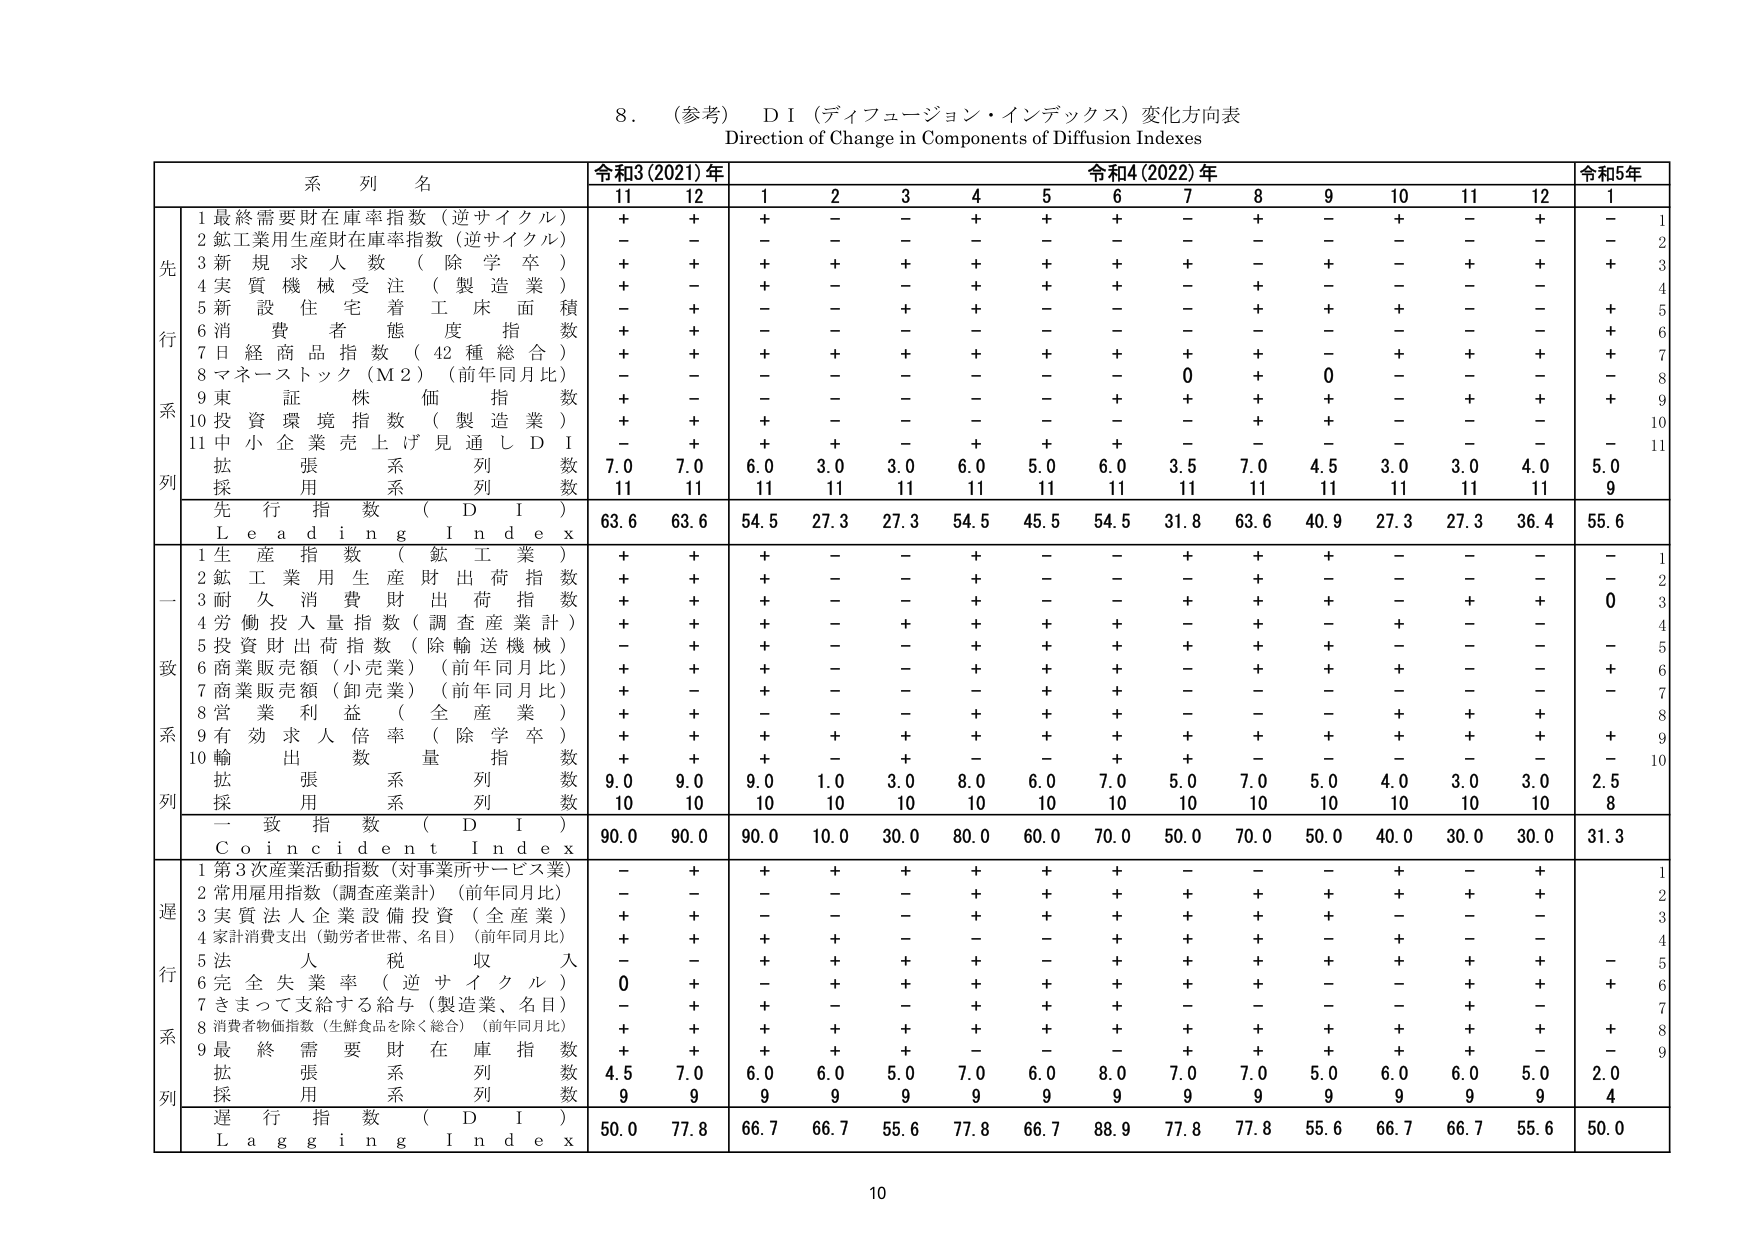
8. （参考）ＤＩ（ディフュージョン・インデックス）変化方向表
Direction of Change in Components of Diffusion Indexes

| 系列名 | 令和3(2021)年 | 令和4(2022)年 | 令和5年 |
|--------|---------------|---------------|---------|
|        | 11            | 12            | 1       | 2       | 3       | 4       | 5       | 6       | 7       | 8       | 9       | 10      | 11      | 12      | 1       |
| 先行系列 | 1 最終需要財在庫率指数（逆サイクル） | +             | +         | +       | +       | +       | +       | +       | +       | +       | +       | +       | +       | +       | +       | 1 |
|        | 2 鉱工業用生産財在庫率指数（逆サイクル） | -             | -         | -       | -       | -       | -       | -       | -       | -       | -       | -       | -       | -       | -       | 2 |
|        | 3 新規求人数（除学卒） | +             | +         | +       | +       | +       | +       | +       | +       | +       | +       | +       | +       | +       | +       | 3 |
|        | 4 実質機械受注（製造業） | +             | -         | +       | +       | +       | +       | +       | +       | +       | +       | +       | +       | +       | +       | 4 |
|        | 5 新設住宅着工床面積 | -             | +         | -       | -       | +       | +       | -       | -       | -       | +       | +       | +       | -       | +       | 5 |
|        | 6 消費者態度指数 | +             | +         | -       | -       | -       | -       | -       | -       | -       | -       | -       | -       | -       | +       | 6 |
|        | 7 日経商品指数（42種総合） | +             | +         | +       | +       | +       | +       | +       | +       | +       | +       | +       | +       | +       | +       | 7 |
|        | 8 マネーストック（M2）（前年同月比） | -             | -         | -       | -       | -       | -       | 0       | +       | 0       | -       | -       | -       | -       | -       | 8 |
|        | 9 東証株価指数 | +             | -         | -       | -       | -       | -       | +       | +       | +       | +       | -       | +       | +       | +       | 9 |
|        | 10 投資環境指数（製造業） | +             | +         | +       | -       | -       | -       | -       | -       | +       | +       | -       | -       | -       | +       | 10 |
|        | 11 小企業売上げ見通しＤＩ | -             | +         | +       | +       | -       | +       | +       | -       | -       | -       | -       | -       | -       | -       | 11 |
|        | 拡張用系列数 | 7.0           | 7.0         | 6.0     | 3.0     | 3.0     | 6.0     | 5.0     | 6.0     | 3.5     | 7.0     | 4.5     | 3.0     | 3.0     | 4.0     | 5.0     |
|        | 採用系列数 | 11            | 11          | 11      | 11      | 11      | 11      | 11      | 11      | 11      | 11      | 11      | 11      | 11      | 9       |
|        | 先行指数（ＤＩ） | 63.6          | 63.6        | 54.5    | 27.3    | 27.3    | 54.5    | 45.5    | 54.5    | 31.8    | 63.6    | 40.9    | 27.3    | 27.3    | 36.4    | 55.6    |
|        | Leading Index |               |             |         |         |         |         |         |         |         |         |         |         |         |         |
| 一致系列 | 1 生産指数（鉱工業） | +             | +         | +       | -       | -       | +       | -       | -       | +       | +       | +       | -       | -       | -       | 1 |
|        | 2 鉱工業用生産財出荷指数 | +             | +         | +       | -       | -       | +       | -       | -       | +       | +       | -       | -       | -       | -       | 2 |
|        | 3 耐久消費財出荷指数 | +             | +         | +       | -       | -       | +       | -       | -       | +       | +       | +       | -       | +       | +       | 3 |
|        | 4 労働投入量指数（調査産業計） | +             | +         | +       | -       | +       | +       | +       | +       | -       | +       | -       | +       | -       | -       | 4 |
|        | 5 投資財出荷指数（除輸送機械） | -             | +         | +       | -       | -       | +       | +       | +       | +       | +       | +       | -       | -       | -       | 5 |
|        | 6 商業販売額（小売業）（前年同月比） | +             | +         | +       | -       | -       | +       | +       | +       | +       | +       | +       | -       | -       | -       | 6 |
|        | 7 商業販売額（卸売業）（前年同月比） | +             | -         | +       | -       | -       | -       | +       | +       | -       | -       | -       | -       | -       | -       | 7 |
|        | 8 営業利益（全産業） | +             | +         | -       | -       | -       | +       | +       | +       | -       | -       | -       | +       | +       | +       | 8 |
|        | 9 有効求人倍率（除学卒） | +             | +         | +       | +       | +       | +       | +       | +       | +       | +       | +       | +       | +       | +       | 9 |
|        | 10 輸出数量指数 | +             | +         | +       | -       | +       | -       | +       | +       | +       | -       | -       | -       | -       | -       | 10 |
|        | 拡張用系列数 | 9.0           | 9.0         | 9.0     | 1.0     | 3.0     | 8.0     | 6.0     | 7.0     | 5.0     | 7.0     | 5.0     | 4.0     | 3.0     | 3.0     | 2.5     |
|        | 採用系列数 | 10            | 10          | 10      | 10      | 10      | 10      | 10      | 10      | 10      | 10      | 10      | 10      | 10      | 8       |
|        | 一致指数（ＤＩ） | 90.0          | 90.0        | 90.0    | 10.0    | 30.0    | 80.0    | 60.0    | 70.0    | 50.0    | 70.0    | 50.0    | 40.0    | 30.0    | 30.0    | 31.3    |
|        | Coincident Index |               |             |         |         |         |         |         |         |         |         |         |         |         |         |
| 遅行系列 | 1 第3次産業活動指数（対事業所サービス業） | -             | +         | +       | +       | +       | +       | +       | +       | -       | -       | -       | +       | -       | +       | 1 |
|        | 2 常用雇用指数（調査産業計）（前年同月比） | -             | -         | -       | -       | -       | +       | +       | +       | +       | +       | +       | +       | +       | +       | 2 |
|        | 3 実質法人企業設備投資（全産業） | +             | +         | -       | -       | -       | +       | +       | +       | +       | +       | +       | -       | -       | -       | 3 |
|        | 4 家計消費支出（勤労者世帯、名目）（前年同月比） | +             | +         | +       | +       | -       | -       | -       | +       | +       | +       | -       | +       | -       | -       | 4 |
|        | 5 法人税収入 | -             | -         | +       | +       | +       | +       | -       | +       | +       | +       | +       | +       | +       | +       | 5 |
|        | 6 完全失業率（逆サイクル） | 0             | +         | -       | +       | +       | +       | +       | +       | +       | +       | -       | +       | +       | +       | 6 |
|        | 7 きまって支給する給与（製造業、名目） | -             | +         | +       | -       | -       | +       | +       | +       | -       | -       | -       | -       | +       | -       | 7 |
|        | 8 消費者物価指数（生鮮食品を除く総合）（前年同月比） | +             | +         | +       | +       | +       | +       | +       | +       | +       | +       | +       | +       | +       | +       | 8 |
|        | 9 最終需要財在庫指数 | +             | +         | +       | +       | +       | -       | -       | +       | +       | +       | +       | +       | +       | -       | 9 |
|        | 拡張用系列数 | 4.5           | 7.0         | 6.0     | 6.0     | 5.0     | 7.0     | 6.0     | 8.0     | 7.0     | 7.0     | 5.0     | 6.0     | 6.0     | 5.0     | 2.0     |
|        | 採用系列数 | 9             | 9           | 9       | 9       | 9       | 9       | 9       | 9       | 9       | 9       | 9       | 9       | 9       | 4       |
|        | 遅行指数（ＤＩ） | 50.0          | 77.8        | 66.7    | 66.7    | 55.6    | 77.8    | 66.7    | 88.9    | 77.8    | 77.8    | 55.6    | 66.7    | 66.7    | 55.6    | 50.0    |
|        | Lagging Index |               |             |         |         |         |         |         |         |         |         |         |         |         |         |

10